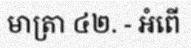
មាត្រា ៤២. - អំពើ